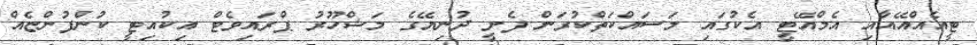
ޓީއެއްއޭއާއި އެމްއޭޓީ އެކުގައި މަސައްކަތްކުރަން ފެށީ ދުނިޔޭގެ މަޝްހޫރު ޕްރައިވެޓް އިކުއިޓީ ކުންފުންޏެއް